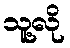
သူ့လို